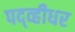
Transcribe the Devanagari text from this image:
पद्व्हीधर